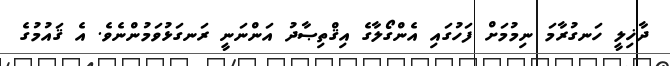
ދާޚިލީ ހަނގުރާމަ ނިމުމަށް ފަހުގައި އެންގޯލާގެ އިޤްތިޞާދު އަންނަނީ ރަނގަޅުވަމުންނެވެ. އެ ޤައުމުގެ